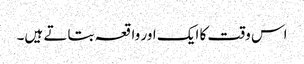
اس وقت کا ایک اور واقعہ بتاتے ہیں۔